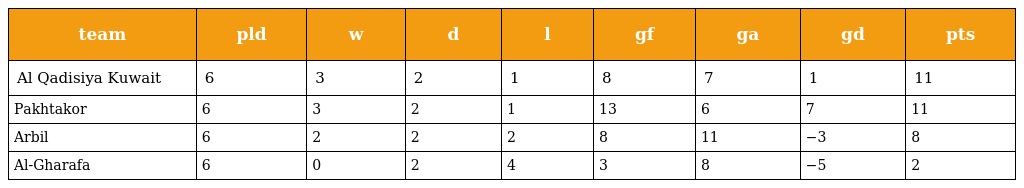
| team | pld | w | d | l | gf | ga | gd | pts |
 | --- | --- | --- | --- | --- | --- | --- | --- | --- |
 | Al Qadisiya Kuwait | 6 | 3 | 2 | 1 | 8 | 7 | 1 | 11 |
 | Pakhtakor | 6 | 3 | 2 | 1 | 13 | 6 | 7 | 11 |
 | Arbil | 6 | 2 | 2 | 2 | 8 | 11 | −3 | 8 |
 | Al-Gharafa | 6 | 0 | 2 | 4 | 3 | 8 | −5 | 2 |